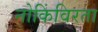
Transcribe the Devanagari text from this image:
नोकिंविरता